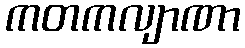
ကတကလျာဏာ